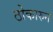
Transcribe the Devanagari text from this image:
ठोकारुन